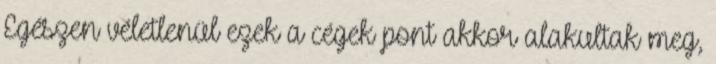
Egészen véletlenül ezek a cégek pont akkor alakultak meg,